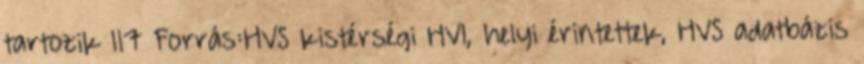
tartozik 117 Forrás:HVS kistérségi HVI, helyi érintettek, HVS adatbázis